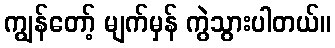
ကျွန်တော့် မျက်မှန် ကွဲသွားပါတယ်။